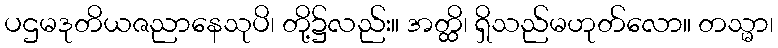
ပဌမဒုတိယဇညာနေသုပိ၊ တို့၌လည်း။ အတ္ထိ၊ ရှိသည်မဟုတ်လော။ တသ္မာ၊